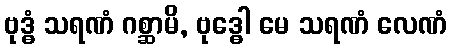
ဗုဒ္ဓံ သရဏံ ဂစ္ဆာမိ, ဗုဒ္ဓေါ မေ သရဏံ လေဏံ